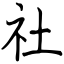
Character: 社